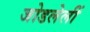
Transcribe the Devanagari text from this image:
जोडलेलीं